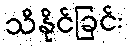
သိနိုင်ခြင်း